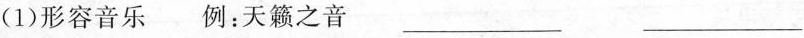
(1) 形容音乐 例：天籁之音 ___ ___